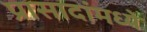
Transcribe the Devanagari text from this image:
प्रासादांमध्ये